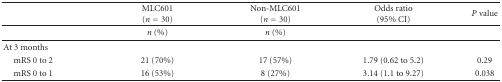
<table><thead><tr><td><b> </b></td><td><b>MLC601(<i>n</i> = 30)</b></td><td><b>Non-MLC601(<i>n</i> = 30)</b></td><td><b>Odds ratio(95% CI)</b></td><td><b><i>P</i> value</b></td></tr></thead><tbody><tr><td> </td><td><i>n</i> (%)</td><td><i>n</i> (%)</td><td> </td><td> </td></tr><tr><td>At 3 months</td><td> </td><td> </td><td> </td><td> </td></tr><tr><td> mRS 0 to 2</td><td>21 (70%)</td><td>17 (57%)</td><td>1.79 (0.62 to 5.2)</td><td>0.29</td></tr><tr><td> mRS 0 to 1</td><td>16 (53%)</td><td>8 (27%)</td><td>3.14 (1.1 to 9.27)</td><td>0.038</td></tr></tbody></table>